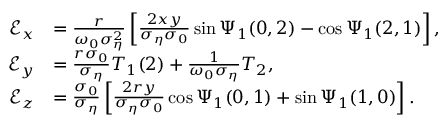
\begin{array} { r l } { \mathcal { E } _ { x } } & { = \frac { r } { \omega _ { 0 } \sigma _ { \eta } ^ { 2 } } \left[ \frac { 2 x y } { \sigma _ { \eta } \sigma _ { 0 } } \sin \Psi _ { 1 } ( 0 , 2 ) - \cos \Psi _ { 1 } ( 2 , 1 ) \right] , } \\ { \mathcal { E } _ { y } } & { = \frac { r \sigma _ { 0 } } { \sigma _ { \eta } } T _ { 1 } ( 2 ) + \frac { 1 } { \omega _ { 0 } \sigma _ { \eta } } T _ { 2 } , } \\ { \mathcal { E } _ { z } } & { = \frac { \sigma _ { 0 } } { \sigma _ { \eta } } \left[ \frac { 2 r y } { \sigma _ { \eta } \sigma _ { 0 } } \cos \Psi _ { 1 } ( 0 , 1 ) + \sin \Psi _ { 1 } ( 1 , 0 ) \right] . } \end{array}